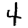
Digit: 4